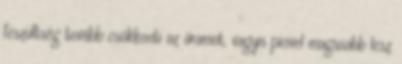
feszültség tovább csökkenti az áramot, vagyis picivel magasabb lesz